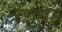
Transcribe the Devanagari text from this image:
रेणूसह